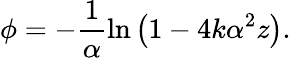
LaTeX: \phi=-\frac{1}{\alpha}\ln\left(1-4k\alpha^{2}z\right).